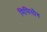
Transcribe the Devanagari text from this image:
मिसिसौग